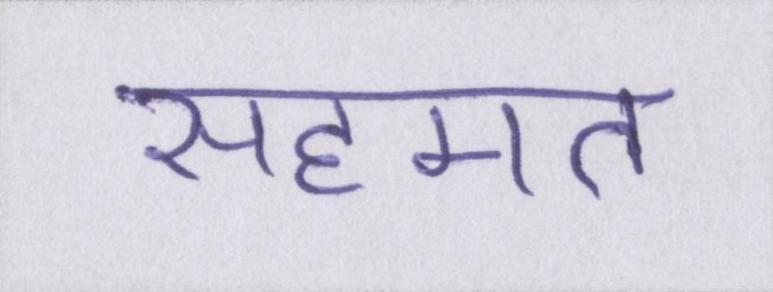
सहमत